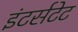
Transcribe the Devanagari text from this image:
इंटर्सटेट